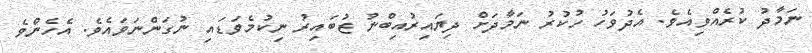
ނަމާދު ކުރެއްވިއެވެ. އެދުވަހު ހުކުރު ނަމާދަށް ދިޔައިރުއިބްނު ޒުބައިރު ނިކުމެވަޑައި ނުގަންނަވައެވެ. އެހެންވެ